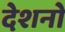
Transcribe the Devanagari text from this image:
देशनो